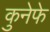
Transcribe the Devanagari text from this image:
कुनेफे